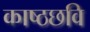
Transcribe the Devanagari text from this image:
काष्ठछवि